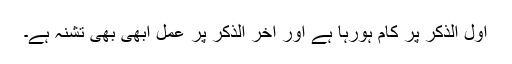
اول الذکر پر کام ہورہا ہے اور آخر الذکر پر عمل ابھی بھی تشنہ ہے۔